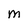
Character: M